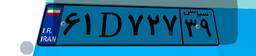
۶۱D۷۲۷۳۹